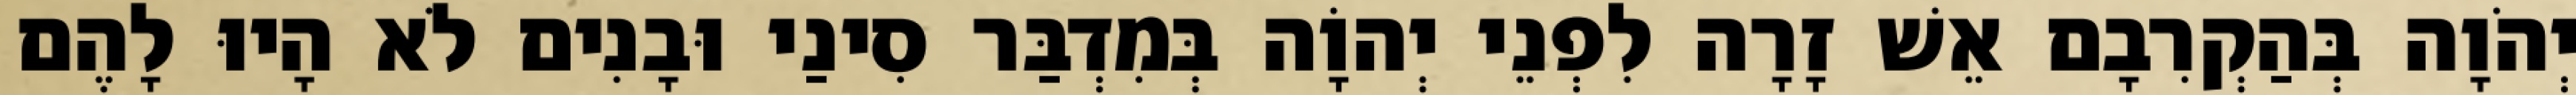
יְהֹוָה בְּהַקְרִבָם אֵשׁ זָרָה לִפְנֵי יְהוָֹה בְּמִדְבַּר סִינַי וּבָנִים לֹא הָיוּ לָהֶם